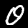
Digit: 0